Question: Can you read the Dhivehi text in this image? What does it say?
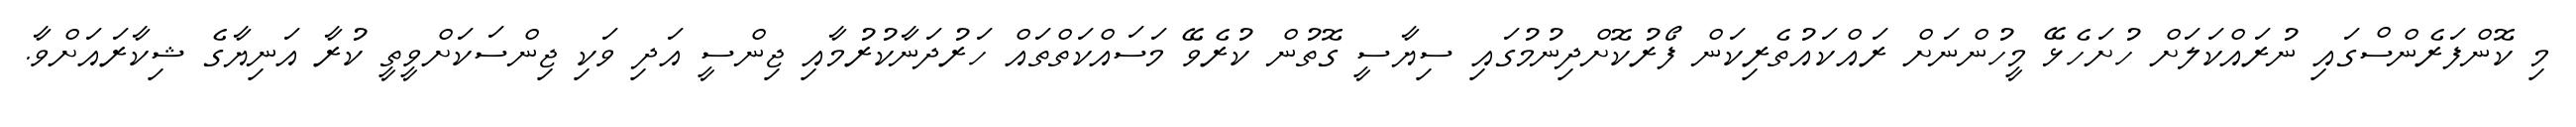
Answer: މި ކޮންފަރެންސްގައި ނުރައްކަލަށް ހުށަހެޅޭ މީހުންނަށް ރައްކައުތެރިކަން ފޯރުކޮށްދިނުމުގައި ސިޔާސީ ގޮތުން ކުރެވޭ މަސައްކަތްތައް ހަރުދަނާކުރުމާއި ޖިންސީ އަދި ވަކި ޖިންސަކަށްވީތީ ކުރާ އަނިޔާގެ ޝިކާރައަށްވާ.